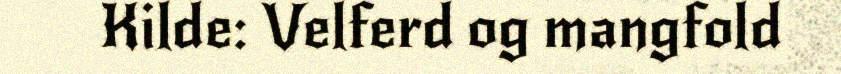
Kilde: Velferd og mangfold